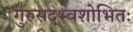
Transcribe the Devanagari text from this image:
गुरुसद्भ्वशोभितः